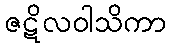
ဇဋိလဝါသိကာ